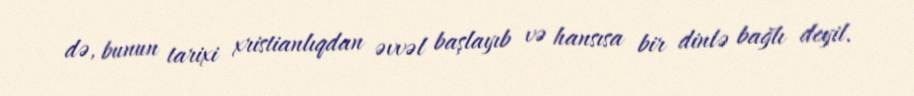
də, bunun tarixi xristianlıqdan əvvəl başlayıb və hansısa bir dinlə bağlı deyil.